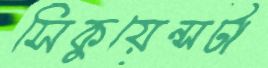
সিকুয়েন্সটা